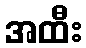
အထီး